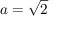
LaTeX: a = { \sqrt { 2 } }